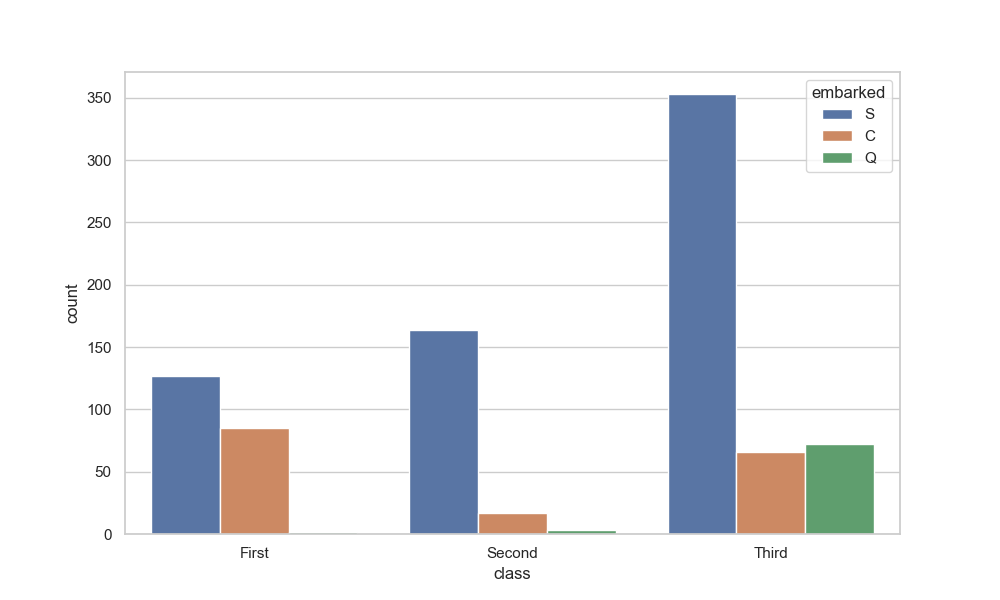
python, seaborn, countplot, x='class', palette='deep', hue='embarked'